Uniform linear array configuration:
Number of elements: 32
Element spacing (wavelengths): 0.5
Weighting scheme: cosine
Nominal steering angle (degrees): -60
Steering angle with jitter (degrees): -58.223
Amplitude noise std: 0.05
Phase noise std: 0.05

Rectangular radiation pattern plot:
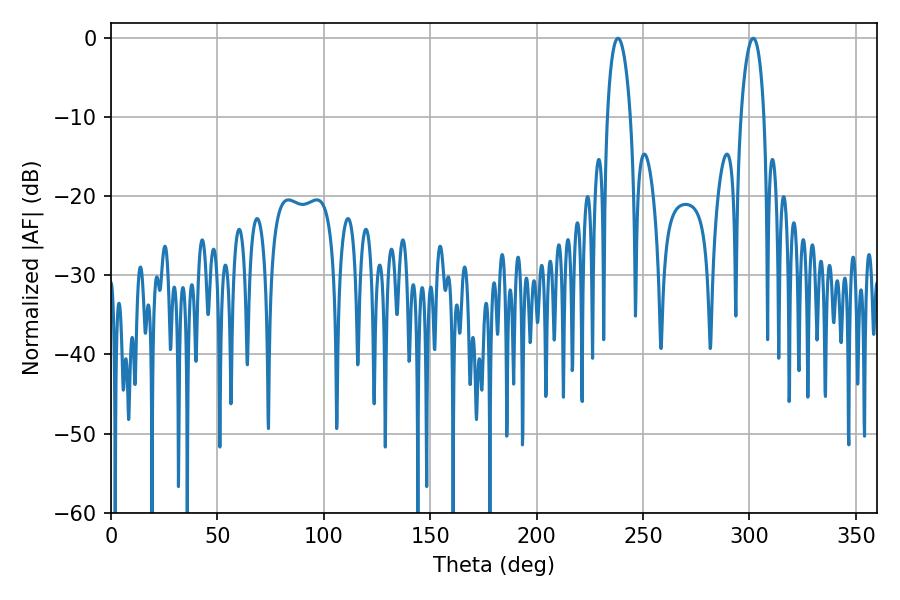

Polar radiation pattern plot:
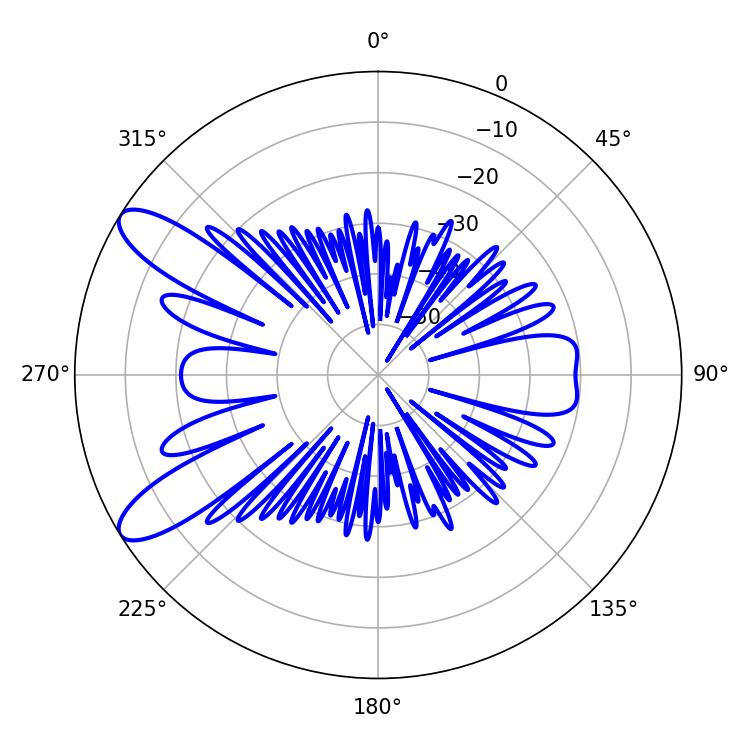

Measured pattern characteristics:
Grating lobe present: FALSE
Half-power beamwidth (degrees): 6.12
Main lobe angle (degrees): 238.14